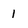
Character: 1